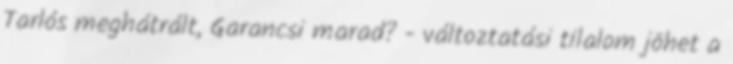
Tarlós meghátrált, Garancsi marad? - változtatási tilalom jöhet a